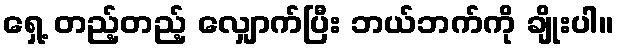
ရှေ့ တည့်တည့် လျှောက်ပြီး ဘယ်ဘက်ကို ချိုးပါ။